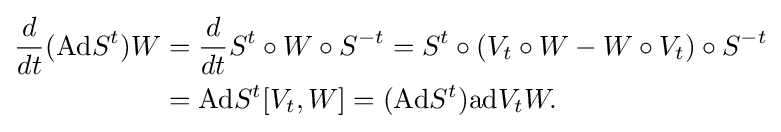
{\begin{aligned}{\frac {d}{dt}}(\mathrm {Ad} S^{t})W&={\frac {d}{dt}}S^{t}\circ W\circ S^{-t}=S^{t}\circ \left(V_{t}\circ W-W\circ V_{t}\right)\circ S^{-t}\\&=\mathrm {Ad} S^{t}[V_{t},W]=(\mathrm {Ad} S^{t})\mathrm {ad} V_{t}W.\end{aligned}}